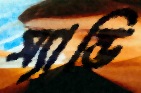
স্যান্ডি